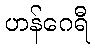
ဟန်ဂေရီ